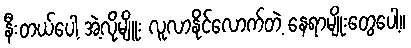
နီးတယ်ပေါ့ အဲ့လိုမျိူး လူလာနိုင်လောက်တဲ့ နေရာမျိုးတွေပေါ့။